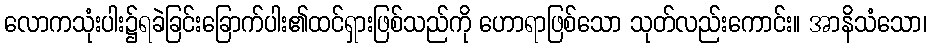
လောကသုံးပါး၌ရခဲခြင်းခြောက်ပါး၏ထင်ရှားဖြစ်သည်ကို ဟောရာဖြစ်သော သုတ်လည်းကောင်း။ အာနိသံသော၊